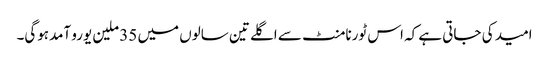
امید کی جاتی ہے کہ اس ٹورنامنٹ سے اگلے تین سالوں میں 35 ملین یورو آمدہوگی۔